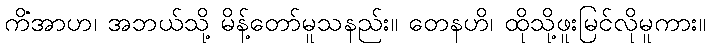
ကိံအာဟ၊ အဘယ်သို့ မိန့်တော်မူသနည်း။ တေနဟိ၊ ထိုသို့ဖူးမြင်လိုမူကား။